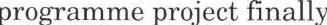
programme project finally